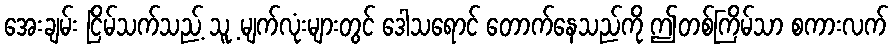
အေးချမ်း ငြိမ်သက်သည့် သူ့ မျက်လုံးများတွင် ဒေါသရောင် တောက်နေသည်ကို ဤတစ်ကြိမ်သာ စကားလက်